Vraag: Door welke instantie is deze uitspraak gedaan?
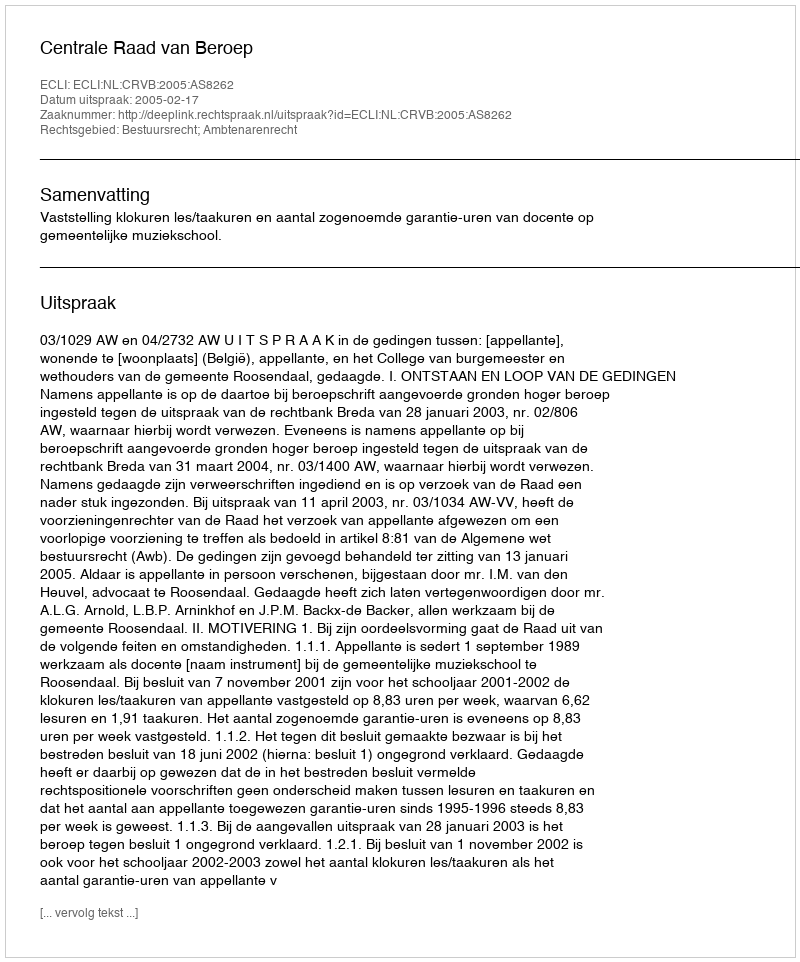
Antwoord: Centrale Raad van Beroep